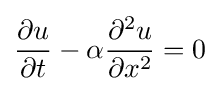
{\frac {\partial u}{\partial t}}-\alpha {\frac {\partial ^{2}u}{\partial x^{2}}}=0